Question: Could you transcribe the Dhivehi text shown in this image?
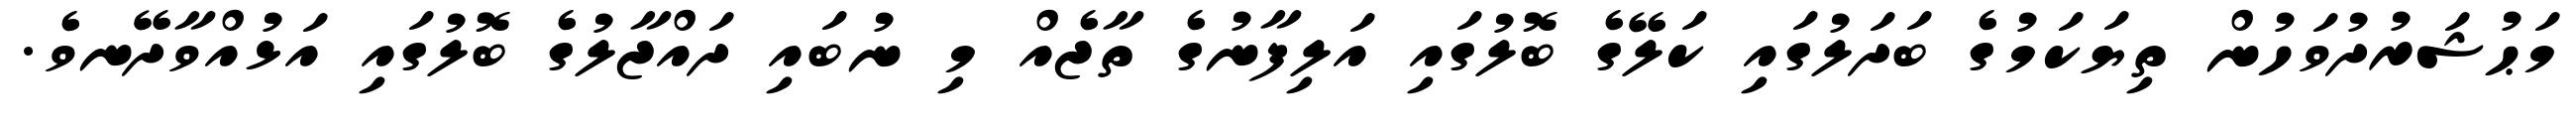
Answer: މަޙުޝަރުދުވަހުން ތިޔަކަމުގެ ބަދަލުގައި ކަލޭގެ ބޮލުގައި އަލިފާނުގެ ތާޖެއް މި ނުބައި ދައްޖާލުގެ ބޮލުގައި އަޅުއްވާދޭނވެ.